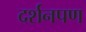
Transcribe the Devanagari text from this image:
दर्शनपण